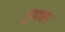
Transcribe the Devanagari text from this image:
गुप्‍तचर